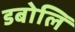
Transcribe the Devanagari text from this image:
डबोलिं